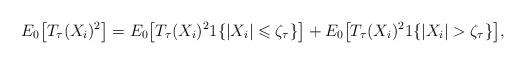
LaTeX: \begin{align*} E_{0}\big[T_{\tau}(X_i)^{2}\big]=E_{0}\big[T_{\tau}(X_i)^{2}1\{|X_i|\leqslant \zeta_{\tau}\}\big]+E_{0}\big[T_{\tau}(X_i)^{2}1\{|X_i| >\zeta_{\tau}\}\big], \end{align*}